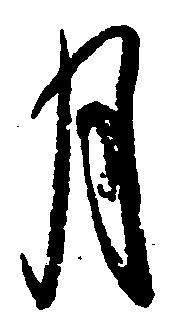
月